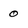
Character: 0